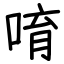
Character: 唷